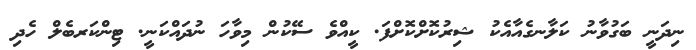
ނިދަނީ ބަގުވާނު ކަލާނގެއާއެކު ޝިރުކޮށްކޮށްފަ. ކީއްވެ ސޭކުން މިވާހަ ނުދައްކަނީ. ޓިންކަރބެލް ހެދި